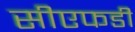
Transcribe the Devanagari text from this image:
सीएफडी